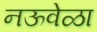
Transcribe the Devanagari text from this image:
नऊवेळा